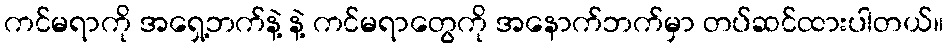
ကင်မရာကို အရှေ့ဘက်နဲ့ နဲ့ ကင်မရာတွေကို အနောက်ဘက်မှာ တပ်ဆင်ထားပါတယ်။